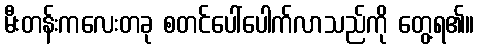
မီးတန်းကလေးတခု စတင်ပေါ်ပေါက်လာသည်ကို တွေ့ရ၏။